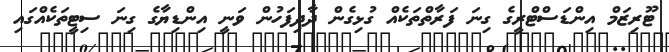
ޓޫރިޒަމް އިންޑަސްޓްރީގެ ގިނަ ފަރާތްތަކެއް ގުޅިގެން ދާދިފަހުން ވަނީ އިންޑިޔާގެ ގިނަ ސިޓީތަކެއްގައި